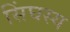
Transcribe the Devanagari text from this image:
सिंघस्य